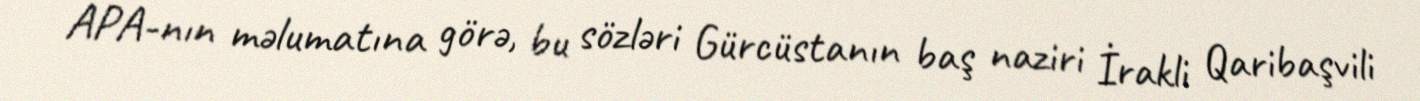
APA-nın məlumatına görə, bu sözləri Gürcüstanın baş naziri İrakli Qaribaşvili